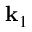
\mathbf { k } _ { 1 }